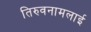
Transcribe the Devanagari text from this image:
तिरुवनामलाई